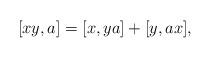
LaTeX: \begin{align*}[xy,a]=[x,ya]+[y,ax],\end{align*}